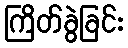
ကြိတ်ခွဲခြင်း